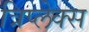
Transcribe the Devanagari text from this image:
त्रिप्लेक्स